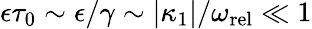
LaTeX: \epsilon\tau_{0}\sim\epsilon/\gamma\sim|\kappa_{1}|/\omega_{\mathrm{rel}}\ll 1